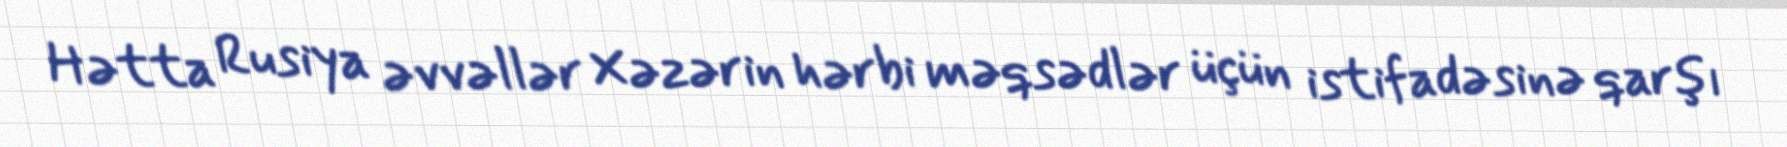
Hətta Rusiya əvvəllər Xəzərin hərbi məqsədlər üçün istifadəsinə qarşı